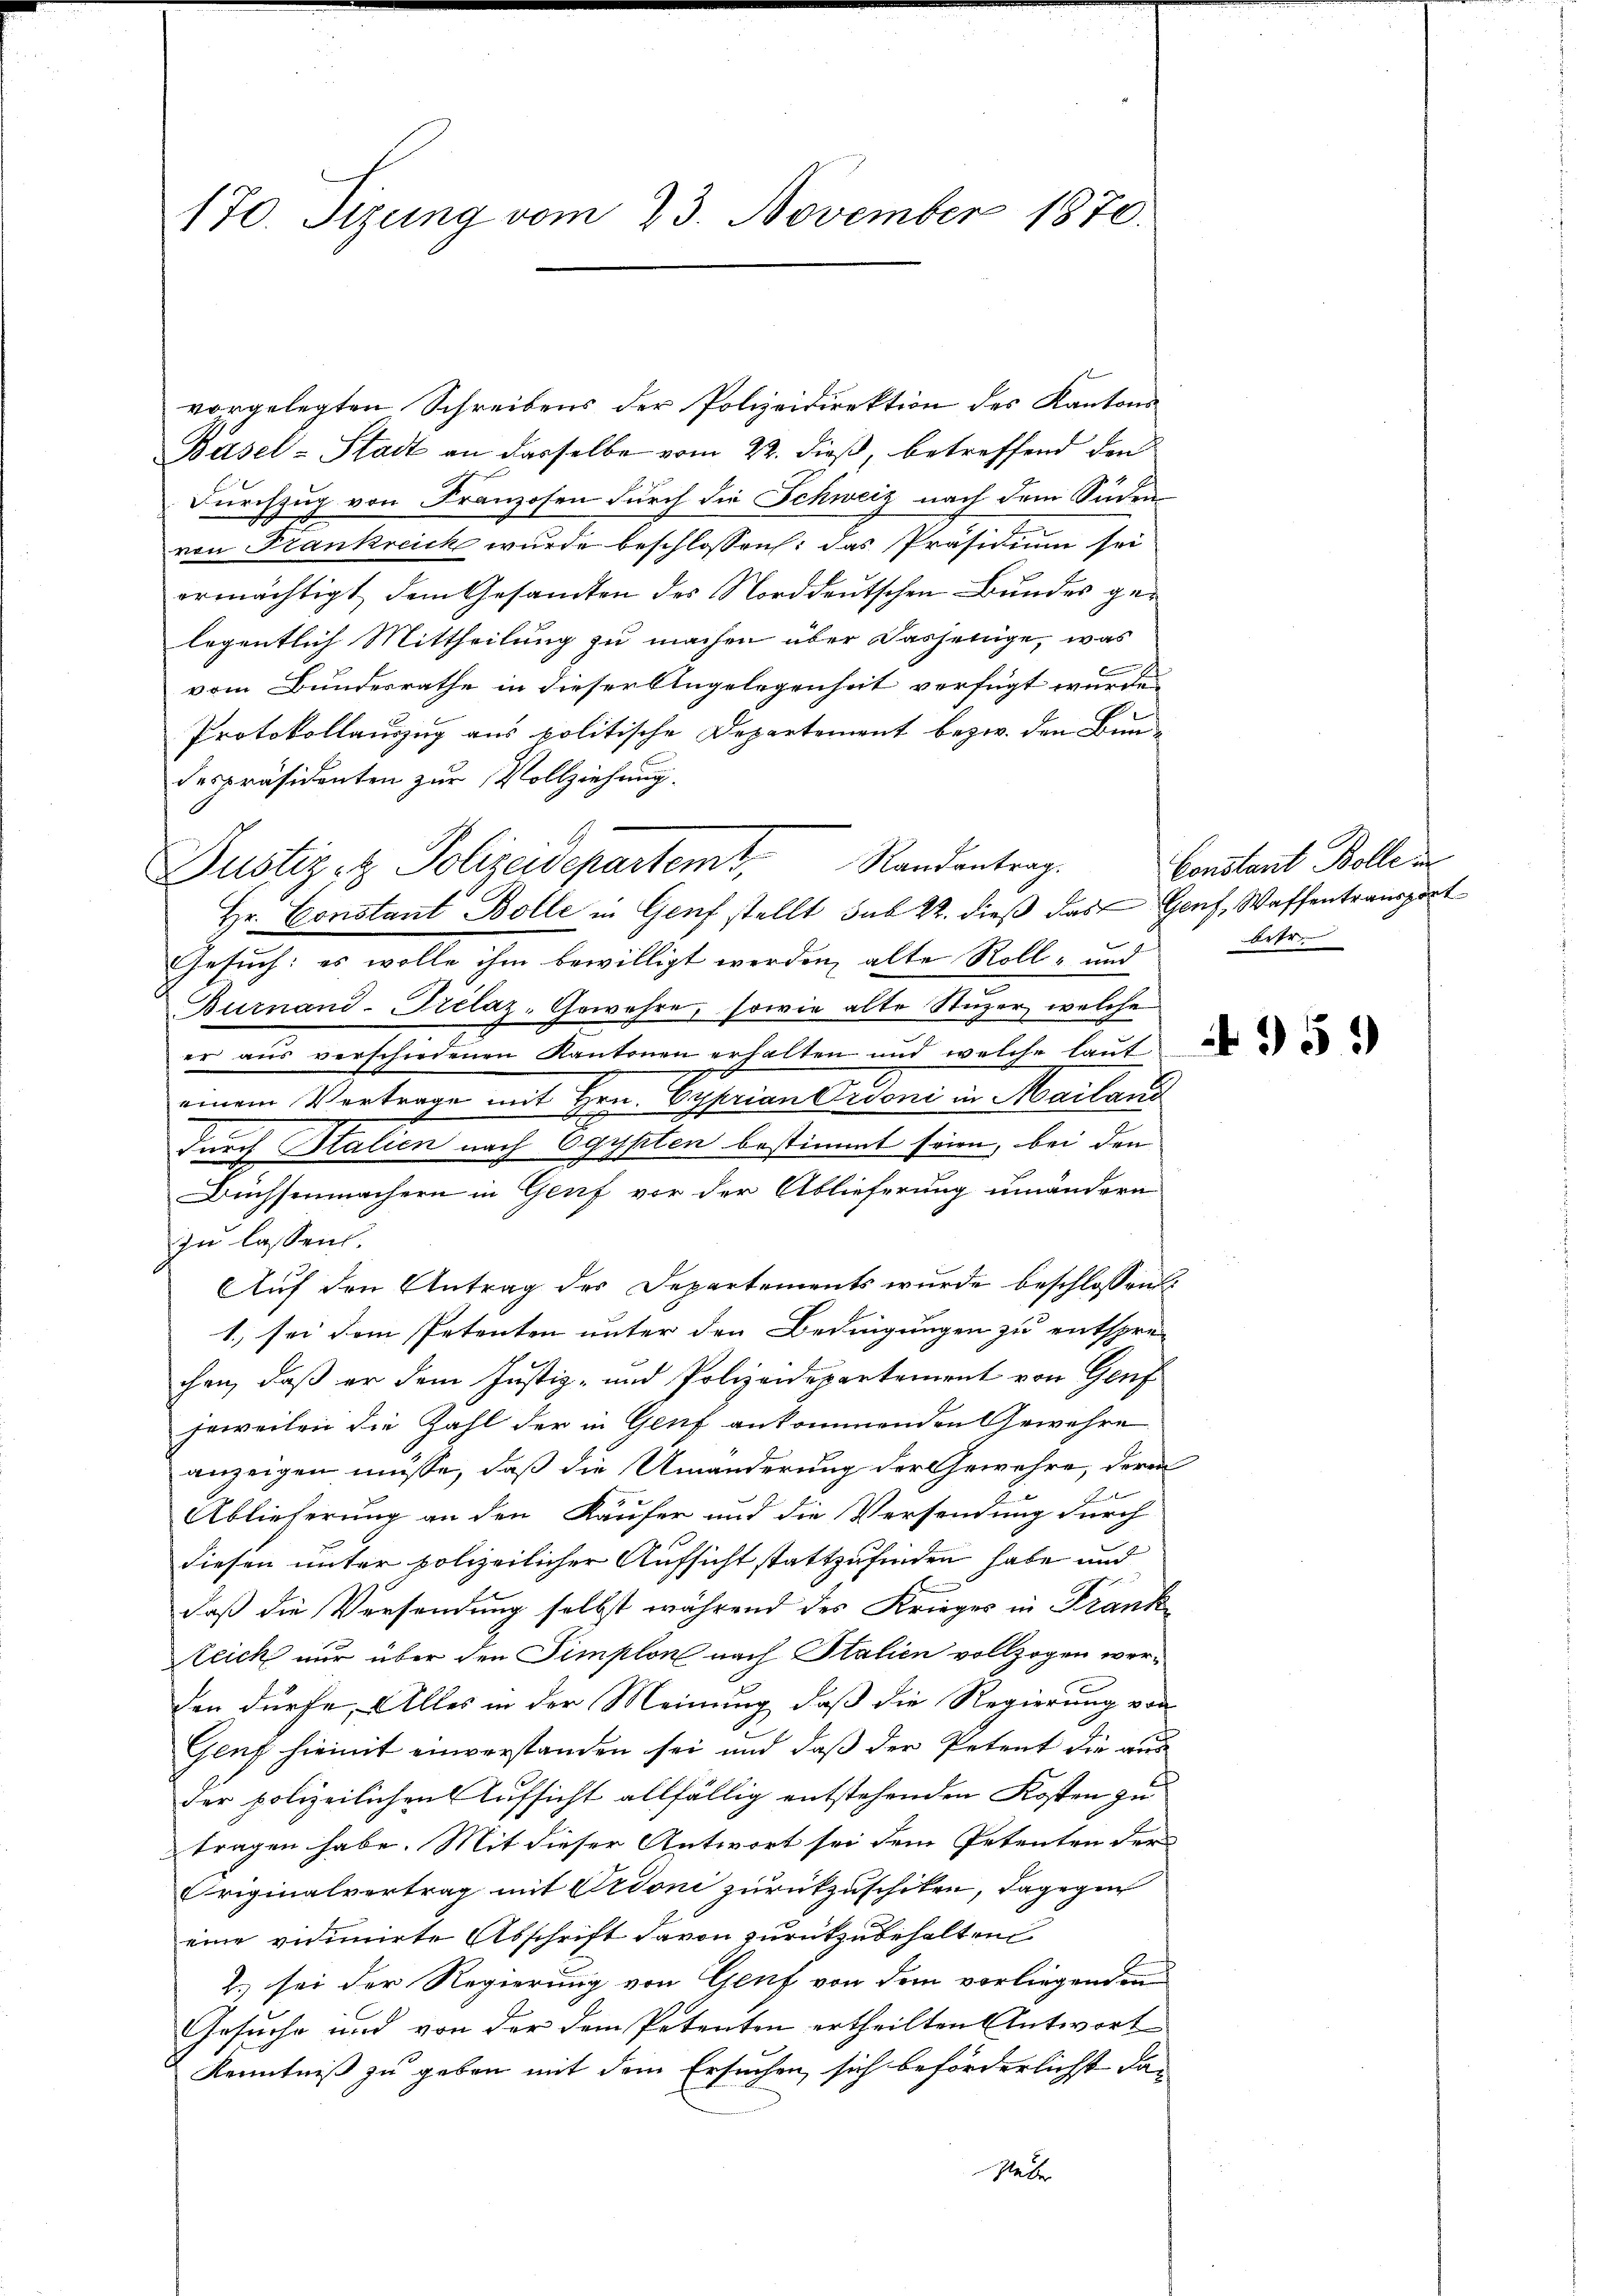
170. Sizung vom 23. November 1870.

vorgelegten Schreibens der Polizeidirektion des Kantons
Basel-Stadt an dasselbe vom 22. dieß, betreffend den
Durchzug von Franzosen durch die Schweiz nach dem Süden
von Frankreich wurde beschlossen: das Präsidium sei
ermächtigt, dem Gesamten des Norddeutschen Bundes gelegentlich Mittheilung zu machen über dasjenige, was
n
vom Bundesrathe in dieser Angelegenheit verfügt wurde
Protokollauszug aus politische Departement bezw. den Bun-
depräsidenten zur Vollziehung.
Hr. Constant Bolle in Genf stellt sub 22. dieß das Genf, Waffentransport
Gesuch: es wolle ihm bewilligt werden, alte Roll- und
Burnand-Trélaz. Gewehre, sowie alte Stuzer, welche
er aŭs verschiedenen Kantonen erhalten und welche laŭt
einem Vertrage mit Hrn. Cyprian Ordoni in Mailand
gypten bestimmt seien, bei den
Feuchen Station nach d
Büchsenmachern in Genf vor der Ablieferung umändern
zu lassen.
Auf den Antrag des Departements wurde beschlossen:
1.) sei dem Petenten unter den Bedingungen zu entspre-
chen, daß er dem Justiz- und Polizeidepartement von Genf
jeweilen die Zahl der in Genf ankommenden Gewehre
anzeigen müsse, daß die Umänderung der Gewehre, deren
Ablieferung an den Käufer und die Versendung durch
diesen unter polizeilicher Aufsicht stattzufinden habe und
daß die Versendung selbst während des Krieges in Frank
Zeich nur über den Simplon nach Italien vollzogen werden dürfe. Alles in der Meinung, daß die Regierung von
Genf hiemit einverstanden sei und daß der Petent die aus
der polizeilichen Aufsicht allfällig entstehenden Kosten zu
tragen habe. Mit dieser Antwort sei dem Petenten der
riginalvertrag mit Ordoni zurückzuschiken, dagegen
eine vidimirte Abschrift davon zurückzubehaltend
2.) sei der Regierung von Genf von dem vorliegenden
Gesuche und von der dem Petenten ertheilten Antwort
Kenntniß zu geben mit dem Ersuchen sich beförderlichst das
Hüber

Dustiz & Polizeidepartemt, Randentrag

Constant Bolle in
betr.